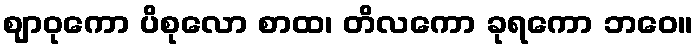
ဈာဝုကော ပိစုလော စာထ၊ တိလကော ခုရကော ဘဝေ။